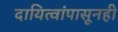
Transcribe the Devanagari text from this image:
दायित्वांपासूनही